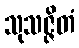
သုသဇ္ဇိတံ